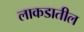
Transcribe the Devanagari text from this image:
लाकडातील